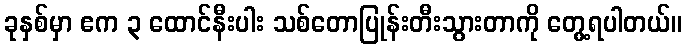
ခုနှစ်မှာ ဧက ၃ ထောင်နီးပါး သစ်တောပြုန်းတီးသွားတာကို တွေ့ရပါတယ်။